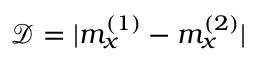
\mathcal { D } = | m _ { x } ^ { ( 1 ) } - m _ { x } ^ { ( 2 ) } |